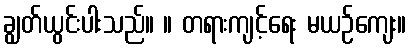
ချွတ်ယွင်းပါးသည်။ ။ တရားကျင့်ရေး မယဉ်ကျေး။